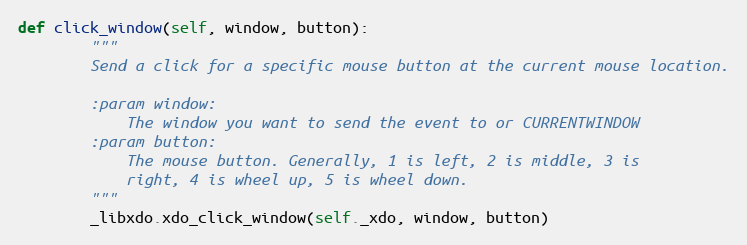
Language: Python
def click_window(self, window, button):
        """
        Send a click for a specific mouse button at the current mouse location.

        :param window:
            The window you want to send the event to or CURRENTWINDOW
        :param button:
            The mouse button. Generally, 1 is left, 2 is middle, 3 is
            right, 4 is wheel up, 5 is wheel down.
        """
        _libxdo.xdo_click_window(self._xdo, window, button)